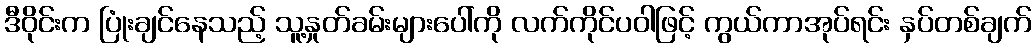
ဒီဝိုင်းက ပြုံးချင်နေသည့် သူ့နှုတ်ခမ်းများပေါ်ကို လက်ကိုင်ပဝါဖြင့် ကွယ်ကာအုပ်ရင်း နှပ်တစ်ချက်